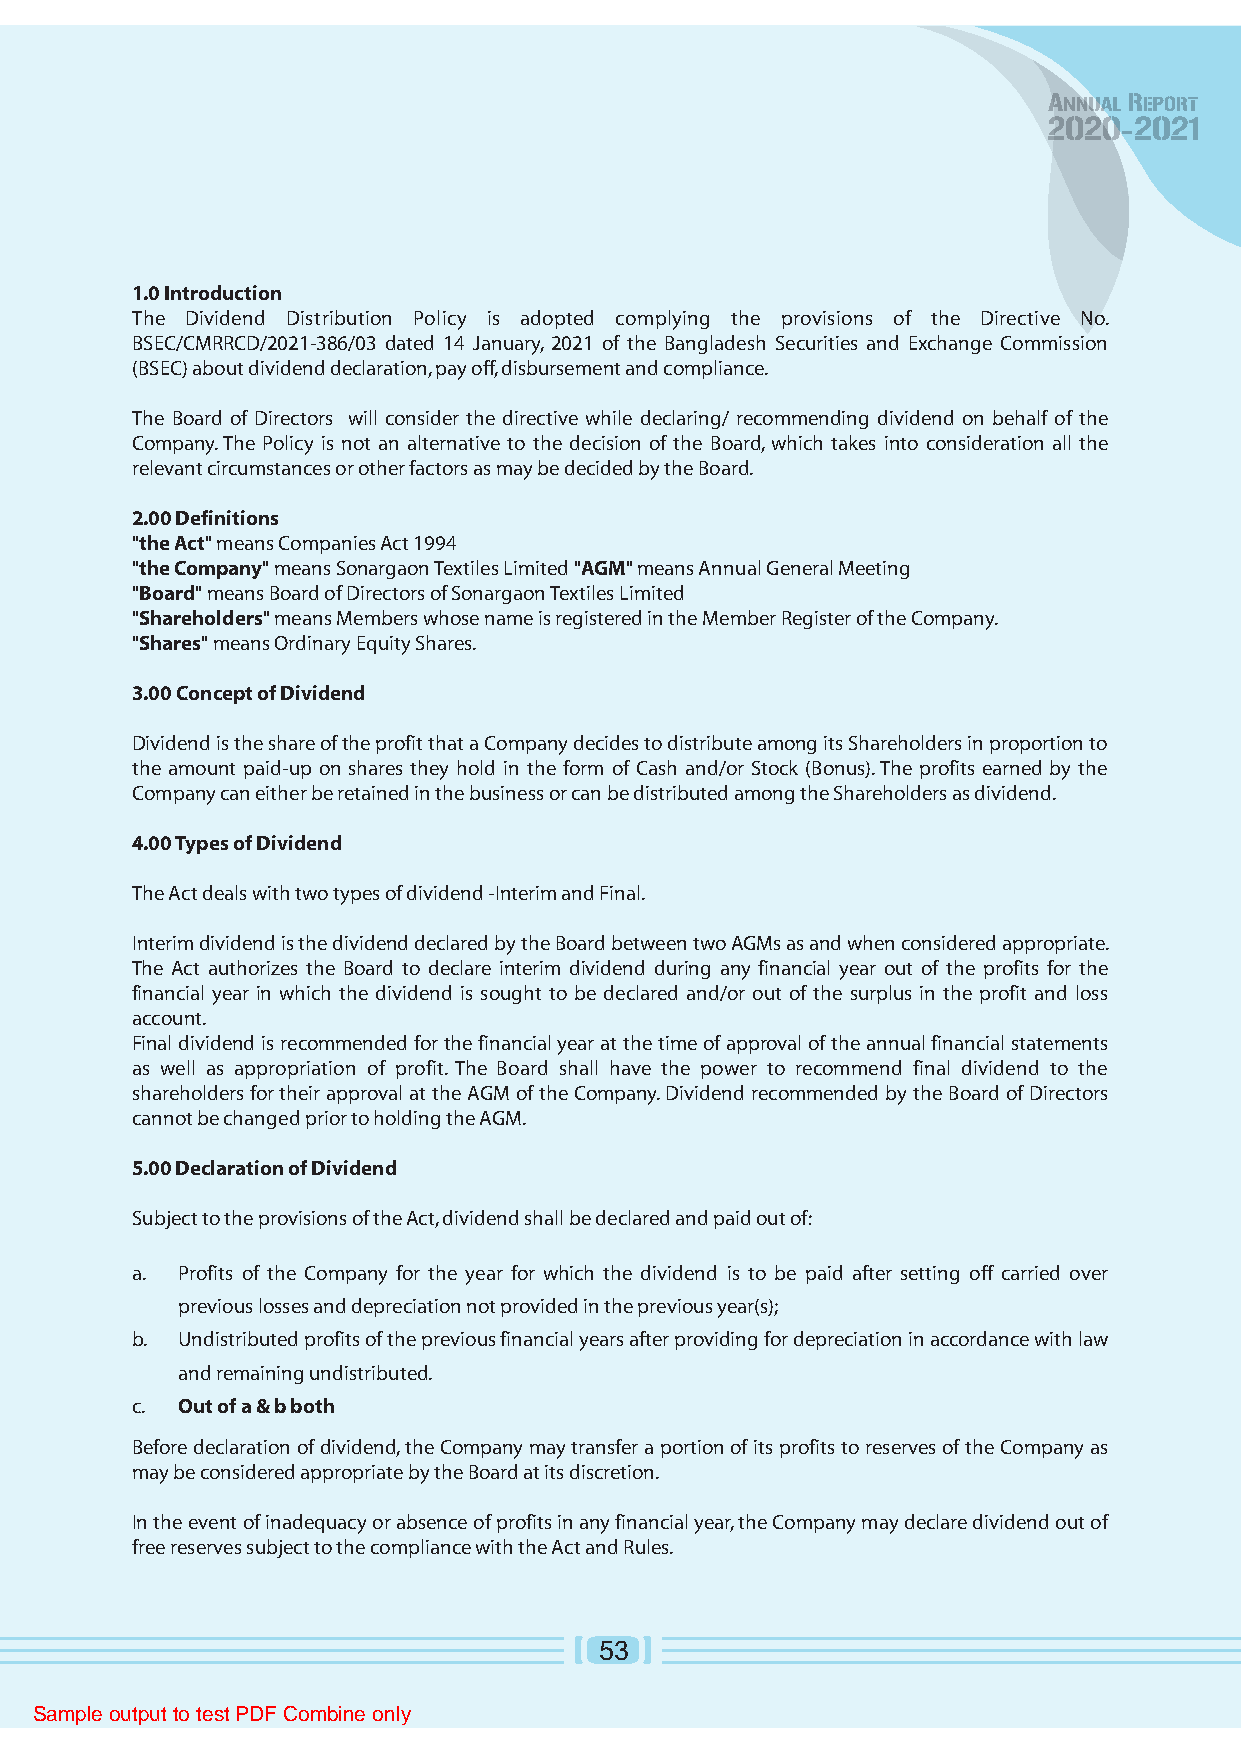
1.0 Introduction
 The Dividend Distribution Policy is adopted complying the provisions of the Directive No.
 BSEC/CMRRCD/2021-386/03 dated 14 January, 2021 of the Bangladesh Securities and Exchange Commission
 (BSEC) about dividend declaration, pay off, disbursement and compliance.
 The Board of Directors will consider the directive while declaring/ recommending dividend on behalf of the
 Company. The Policy is not an alternative to the decision of the Board, which takes into consideration all the
 relevant circumstances or other factors as may be decided by the Board.
 2.00 Definitions
 "the Act" means Companies Act 1994
 "the Company" means Sonargaon Textiles Limited "AGM" means Annual General Meeting
 "Board" means Board of Directors of Sonargaon Textiles Limited
 "Shareholders" means Members whose name is registered in the Member Register of the Company.
 "Shares" means Ordinary Equity Shares.
 3.00 Concept of Dividend
 Dividend is the share of the profit that a Company decides to distribute among its Shareholders in proportion to
 the amount paid-up on shares they hold in the form of Cash and/or Stock (Bonus). The profits earned by the
 Company can either be retained in the business or can be distributed among the Shareholders as dividend.
 4.00 Types of Dividend
 The Act deals with two types of dividend -Interim and Final.
 Interim dividend is the dividend declared by the Board between two AGMs as and when considered appropriate.
 The Act authorizes the Board to declare interim dividend during any financial year out of the profits for the
 financial year in which the dividend is sought to be declared and/or out of the surplus in the profit and loss
 account.
 Final dividend is recommended for the financial year at the time of approval of the annual financial statements
 as well as appropriation of profit. The Board shall have the power to recommend final dividend to the
 shareholders for their approval at the AGM of the Company. Dividend recommended by the Board of Directors
 cannot be changed prior to holding the AGM.
 5.00 Declaration of Dividend
 Subject to the provisions of the Act, dividend shall be declared and paid out of:
 a. Profits of the Company for the year for which the dividend is to be paid after setting off carried over
 previous losses and depreciation not provided in the previous year(s);
 b. Undistributed profits of the previous financial years after providing for depreciation in accordance with law
 and remaining undistributed.
 c. Out of a & b both
 Before declaration of dividend, the Company may transfer a portion of its profits to reserves of the Company as
 may be considered appropriate by the Board at its discretion.
 In the event of inadequacy or absence of profits in any financial year, the Company may declare dividend out of
 free reserves subject to the compliance with the Act and Rules.
 53
 Sample output to test PDF Combine only